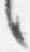
言